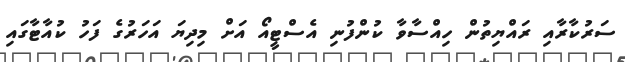
ސަރުކާރާއި ރައްޔިތުން ހިއްސާވާ ކުންފުނި އެސްޓީއޯ އަށް މިދިޔަ އަހަރުގެ ފަހު ކުއާޓާގައި